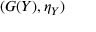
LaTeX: ( G ( Y ) , \eta _ { Y } )